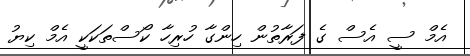
އެމް ސީ އެސް ގެ ފަރާތުން ހިންގާ ހުރިހާ ކޯސްތަކަކީ އެމް ކިޔު